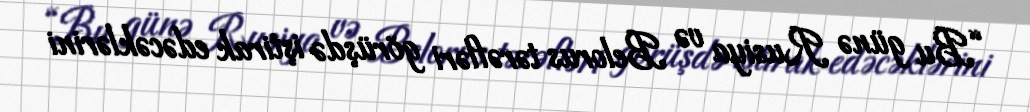
“Bu günə Rusiya və Belorus tərəfləri görüşdə iştirak edəcəklərini